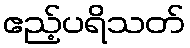
ဧည့်ပရိသတ်